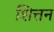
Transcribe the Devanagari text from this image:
शित्तन